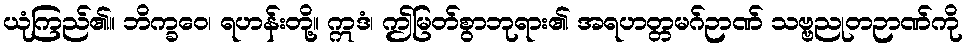
ယုံကြည်၏။ ဘိက္ခဝေ၊ ရဟန်းတို့။ ဣဒံ၊ ဤမြတ်စွာဘုရား၏ အရဟတ္တမဂ်ဉာဏ် သဗ္ဗညုတဉာဏ်ကို